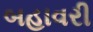
બહાવરી